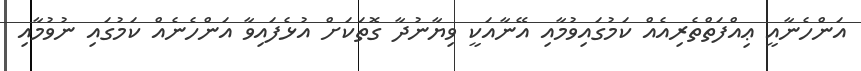
އަންހެނާއީ ޢިއްފަތްތެރިއެއް ކަމުގައިވުމާއި އޭނާއަކީ ވިޔާނުދާ ގޮތަކަށް އުޅެފައިވާ އަންހެނެއް ކަމުގައި ނުވުމާއި